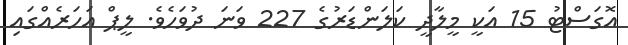
އޮގަސްޓު 15 އަކީ މީލާދީ ކަލަންޑަރުގެ 227 ވަނަ ދުވަހެވެ. ލީޕް އަހަރެއްގައި